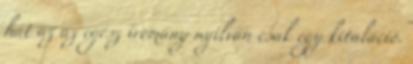
hát az az egész iromány nyilván csak egy kitaláció.